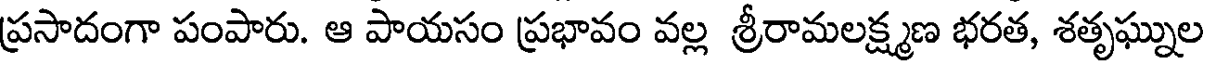
ప్రసాదంగా పంపారు. ఆ పాయసం ప్రభావం వల్ల శ్రీరామలక్ష్మణ భరత, శతృఘ్నుల